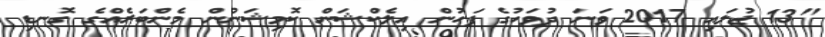
"13 ޖުލައި 2017 ވަނަ ދުވަހުގެ ފަހުން އިލެކްޝަން ކޮމިޝަނުން މެންބަރެއްގެ ގޮނޑި